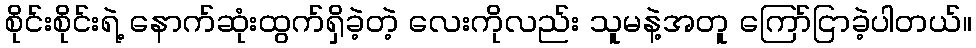
စိုင်းစိုင်းရဲ့ နောက်ဆုံးထွက်ရှိခဲ့တဲ့ လေးကိုလည်း သူမနဲ့အတူ ကြော်ငြာခဲ့ပါတယ်။